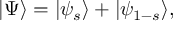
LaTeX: \vert \Psi \rangle = \vert \psi _ { s } \rangle + \vert \psi _ { 1 - s } \rangle ,